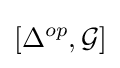
[\Delta ^{op},{\mathcal {G}}]